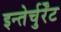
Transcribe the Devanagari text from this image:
इन्तेर्चुर्रेंट